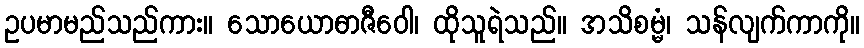
ဥပမာမည်သည်ကား။ သောယောဓာဇီဝေါ၊ ထိုသူရဲသည်။ အသိစမ္မံ၊ သန်လျက်ကာကို။